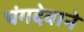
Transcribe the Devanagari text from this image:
चंगदेवाने